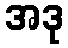
အဒု